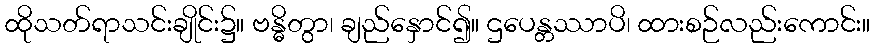
ထိုသတ်ရာသင်းချိုင်း၌။ ဗန္ဓိတွာ၊ ချည်နှောင်၍။ ဌပေန္တဿာပိ၊ ထားစဉ်လည်းကောင်း။